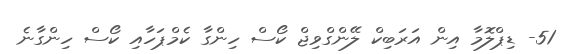
51- ޑިޕްލޮމާ އިން އަރަބިކް ލޭންގްވިޖް ކޯސް ހިންގާ ކެމްޕަހާއި ކޯސް ހިންގާނެ